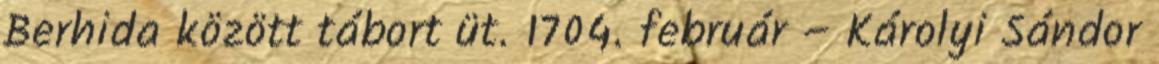
Berhida között tábort üt. 1704. február – Károlyi Sándor